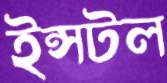
ইন্সটল